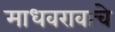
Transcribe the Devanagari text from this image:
माधवरावाचे